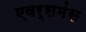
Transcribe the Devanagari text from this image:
एवर्समंस